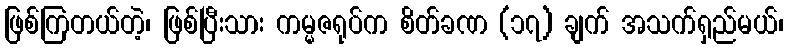
ဖြစ်ကြတယ်တဲ့၊ ဖြစ်ပြီးသား ကမ္မဇရုပ်က စိတ်ခဏ (၁၇) ချက် အသက်ရှည်မယ်၊